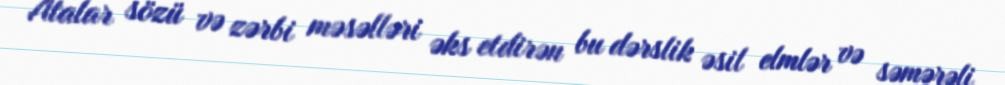
Atalar sözü və zərbi məsəlləri əks etdirən bu dərslik əsil elmlər və səmərəli